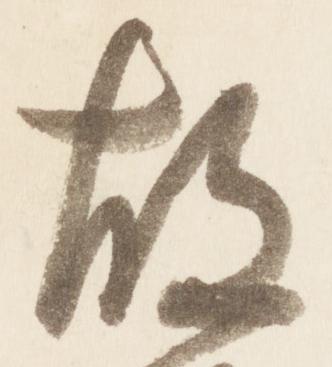
故